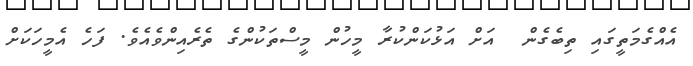
އެއްގެމަތީގައި ތިބެގެން  އަށް އަޅުކަންކުރާ މީހުން މީސްތަކުންގެ ތެރެއިންވެއެވެ. ފަހެ އެމީހަކަށް